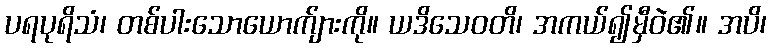
ပရပုရိသံ၊ တစ်ပါးသောယောက်ျားကို။ ယဒိသေဝတိ၊ အကယ်၍မှီဝဲ၏။ အပိ၊